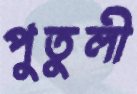
পুতুলী